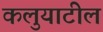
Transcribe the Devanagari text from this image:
कलुयाटील